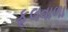
ફૂલવાળા